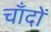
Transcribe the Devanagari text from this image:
चाँदों